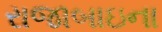
રાજાબાઇના